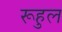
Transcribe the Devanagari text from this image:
रूहुल